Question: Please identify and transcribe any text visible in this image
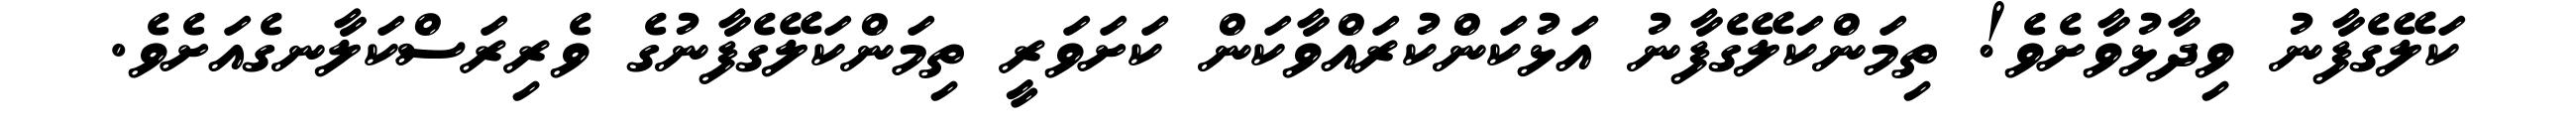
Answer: ކަލޭގެފާނު ވިދާޅުވާށެވެ! ތިމަންކަލޭގެފާނު އަޅުކަންކުރައްވާކަން ކަށަވަރީ ތިމަންކަލޭގެފާނުގެ ވެރިރަސްކަލާނގެއަށެވެ.